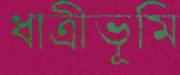
ধাত্রীভূমি